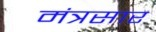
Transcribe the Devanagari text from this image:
मंत्रसार